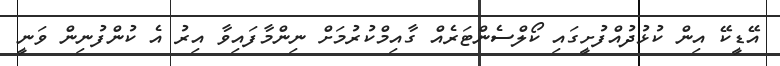
އޭޑީކޭ އިން ކުޅުދުއްފުށީގައި ކޯލްސެންޓަރެއް ގާއިމްކުރުމަށް ނިންމާފައިވާ އިރު އެ ކުންފުނިން ވަނީ